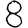
Digit: 8